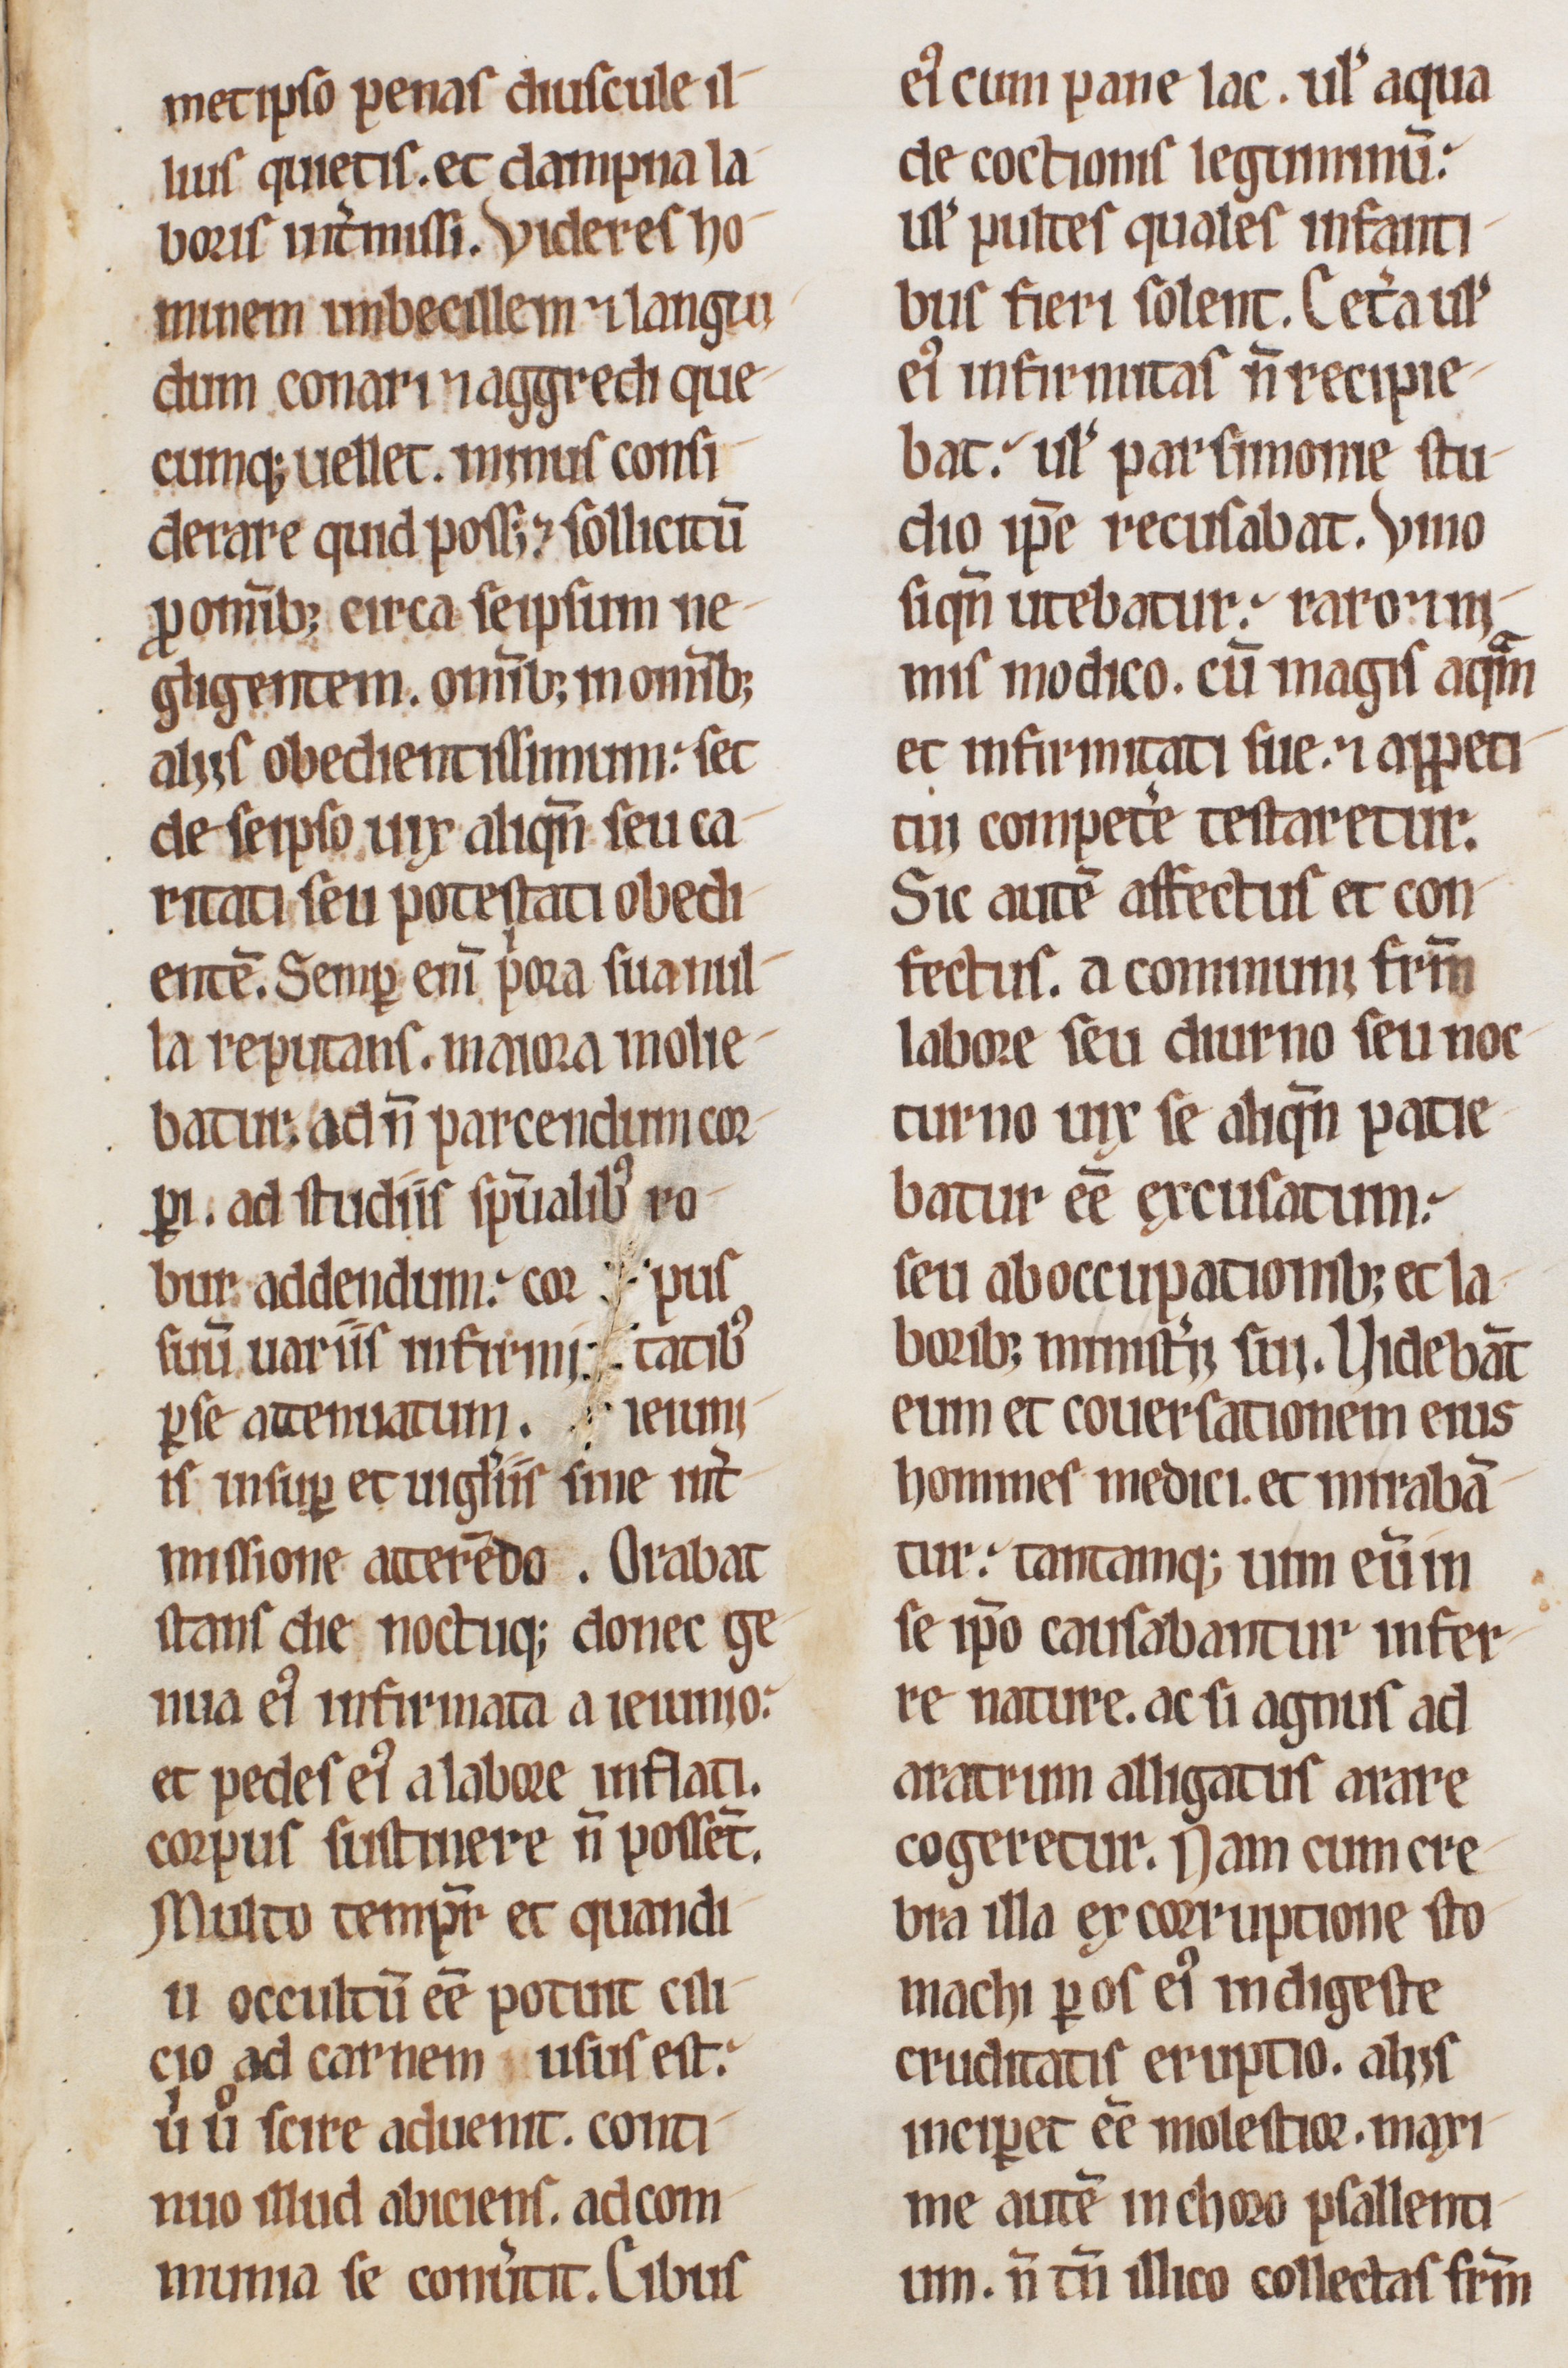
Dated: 1200–1230